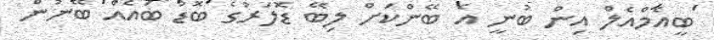
ބީއެމްއެލް އިން ބުނީ އެ ބޭންކަށް ލިބޭ ޑޮލަރުގެ ބޮޑު ބައެއް ބޭނުން